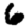
Digit: 6